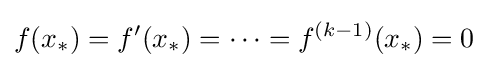
f(x_{*})=f'(x_{*})=\cdots =f^{(k-1)}(x_{*})=0